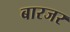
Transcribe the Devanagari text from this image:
बारजर